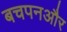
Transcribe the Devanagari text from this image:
बचपनऔर